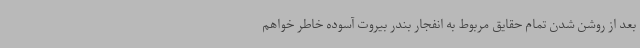
بعد از روشن شدن تمام حقایق مربوط به انفجار بندر بیروت آسوده خاطر خواهم